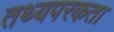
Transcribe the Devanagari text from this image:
तथ्यपरकता